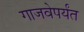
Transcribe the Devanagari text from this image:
गाजवेपर्यंत